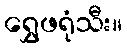
ရွှေဖရုံသီး။